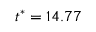
t ^ { * } = 1 4 . 7 7